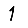
Digit: 1